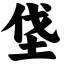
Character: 垡